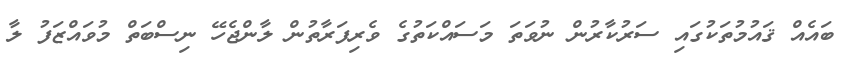
ބައެއް ޤައުމުތަކުގައި ސަރުކާރުން ނުވަތަ މަސައްކަތުގެ ވެރިފަރާތުން ލާންޖެހޭ ނިސްބަތް މުވައްޒަފު ލާ